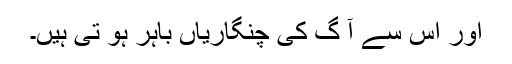
اور اس سے آ گ کی چنگاریاں باہر ہو تی ہیں۔